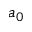
a _ { 0 }